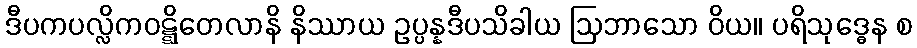
ဒီပကပလ္လိကဝဋ္ဋိတေလာနိ နိဿာယ ဥပ္ပန္နဒီပသိခါယ ဩဘာသော ဝိယ။ ပရိသုဒ္ဓေန စ